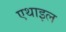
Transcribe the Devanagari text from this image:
एथाइल